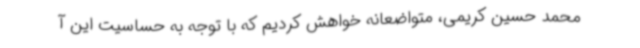
محمد حسین کریمی، متواضعانه خواهش کردیم که با توجه به حساسیت این آ